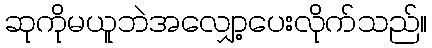
ဆုကိုမယူဘဲအလျှော့ပေးလိုက်သည်။